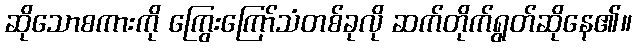
ဆိုသောစကားကို ကြွေးကြော်သံတစ်ခုလို ဆက်တိုက်ရွတ်ဆိုနေ၏။